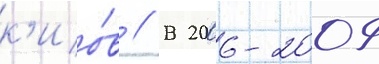
к'ио́в // В 2006-2009